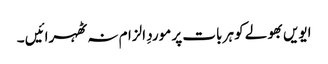
ایویں بھولے کو ہر بات پر موردِ الزام نہ ٹھہرائیں ۔